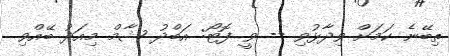
ތިބޭނެ ކަމަށް ވިދާޅުވި -- ވީ ފޮޓޯ: އަބްދު ޝާމް މިއަދު ބޭއްވި